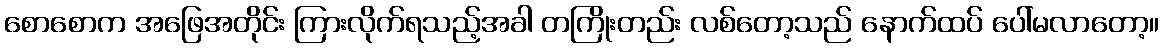
စောစောက အဖြေအတိုင်း ကြားလိုက်ရသည့်အခါ တကြိုးတည်း လစ်တော့သည် နောက်ထပ် ပေါ်မလာတော့။